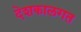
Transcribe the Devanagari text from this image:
देशकालगत